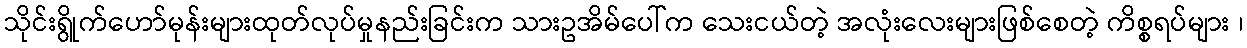
သိုင်းရွိုက်ဟော်မုန်းများထုတ်လုပ်မှုနည်းခြင်းက သားဥအိမ်ပေါ်က သေးငယ်တဲ့ အလုံးလေးများဖြစ်စေတဲ့ ကိစ္စရပ်များ ၊